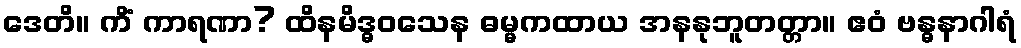
ဒေတိ။ ကိံ ကာရဏာ? ထိနမိဒ္ဓဝသေန ဓမ္မကထာယ အနနုဘူတတ္တာ။ ဧဝံ ဗန္ဓနာဂါရံ